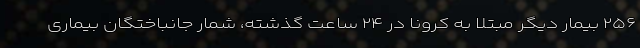
۲۵۶ بیمار دیگر مبتلا به کرونا در ۲۴ ساعت گذشته، شمار جانباختگان بیماری